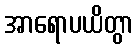
အာရောပယိတွာ